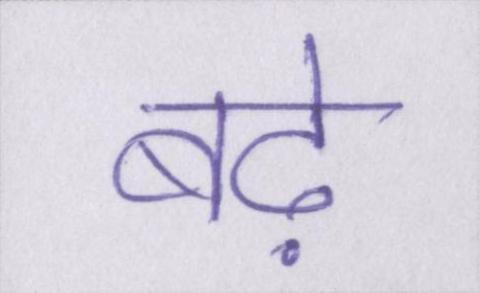
बढ़े